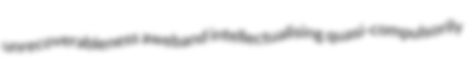
unrecoverableness aweband intellectualising quasi-compulsorily